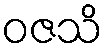
ဝဇသိ